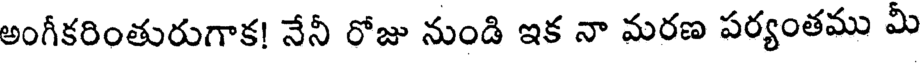
అంగీకరింతురుగాక! నేనీ రోజు నుండి ఇక నా మరణ పర్యంతము మీ